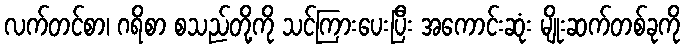
လက်တင်စာ၊ ဂရိစာ စသည်တို့ကို သင်ကြားပေးပြီး အကောင်းဆုံး မျိုးဆက်တစ်ခုကို